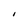
Character: I